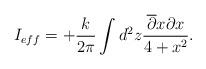
LaTeX: \begin{align*}I_{eff} = + \frac {k}{2\pi} \int d^2z \frac {\overline {\partial } x\partial x}{4+ x^2} .\end{align*}